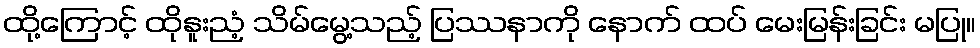
ထို့ကြောင့် ထိုနူးညံ့ သိမ်မွေ့သည့် ပြဿနာကို နောက် ထပ် မေးမြန်းခြင်း မပြု။